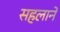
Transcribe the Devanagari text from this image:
सहलाने